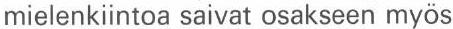
mielenkiintoa saivat osakseen myös